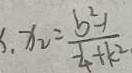
, x _ { 2 } = \frac { b ^ { 2 } - 1 } { \frac { 1 } { 4 } + k ^ { 2 } }